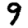
Digit: 9